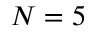
N = 5